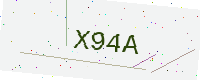
Text: X94A